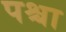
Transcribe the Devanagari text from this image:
पश्चा